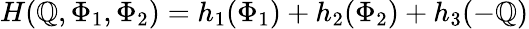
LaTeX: H(\mathbb{Q},\Phi_{1},\Phi_{2})=h_{1}(\Phi_{1})+h_{2}(\Phi_{2})+h_{3}(-\mathbb{Q})